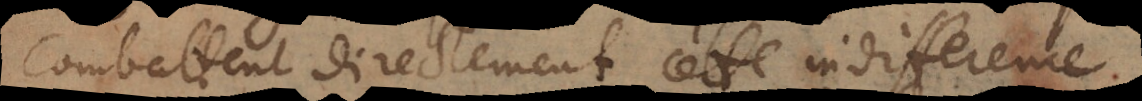
combattent directement cette indifference